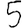
Digit: 5